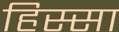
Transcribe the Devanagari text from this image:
हिस्सा